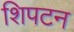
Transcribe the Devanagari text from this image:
शिपटन